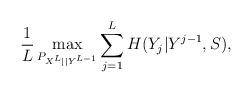
LaTeX: \begin{align*} \frac{1}{L} \max_{P_{{ X}^L || Y^{L-1}} } \sum_{j=1}^L H( { Y}_{ j}| Y^{j-1}, { S} ), \end{align*}